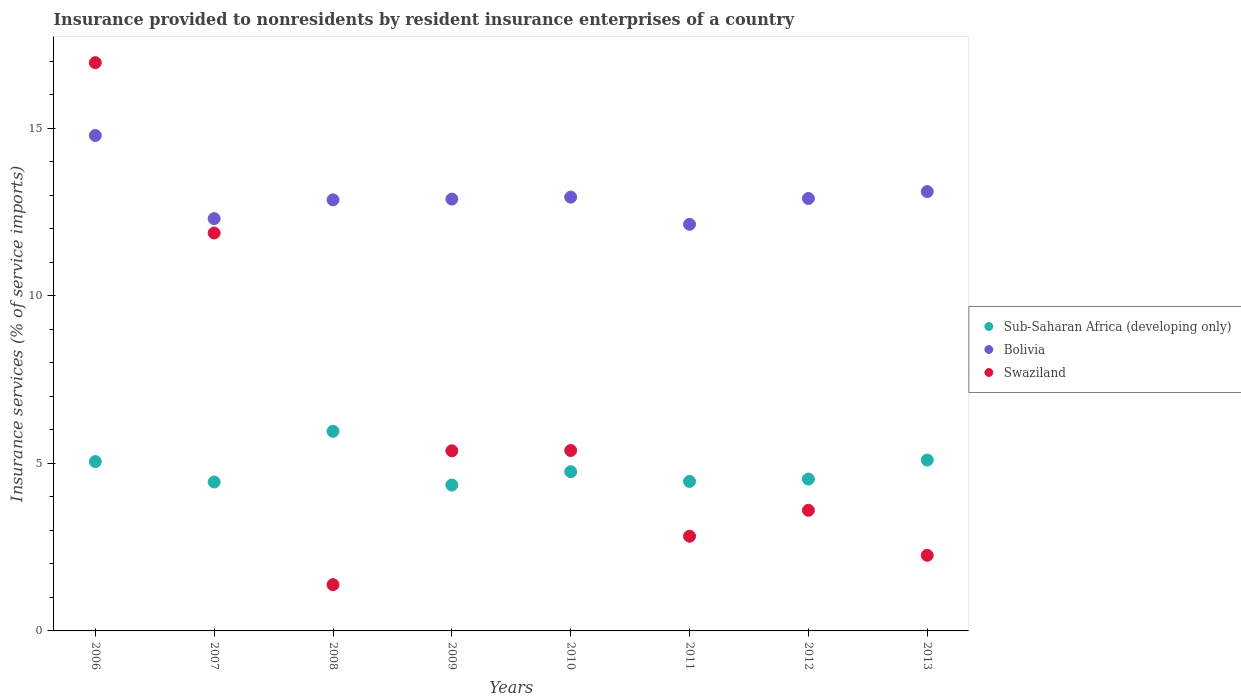
| Years | Sub-Saharan Africa (developing only) | Bolivia | Swaziland |
 | --- | --- | --- | --- |
 | 2006 | 5.05 | 14.8 | 17 |
 | 2007 | 4.44 | 12.3 | 11.9 |
 | 2008 | 5.96 | 12.9 | 1.38 |
 | 2009 | 4.35 | 12.9 | 5.38 |
 | 2010 | 4.75 | 12.9 | 5.38 |
 | 2011 | 4.46 | 12.1 | 2.83 |
 | 2012 | 4.53 | 12.9 | 3.6 |
 | 2013 | 5.1 | 13.1 | 2.26 |